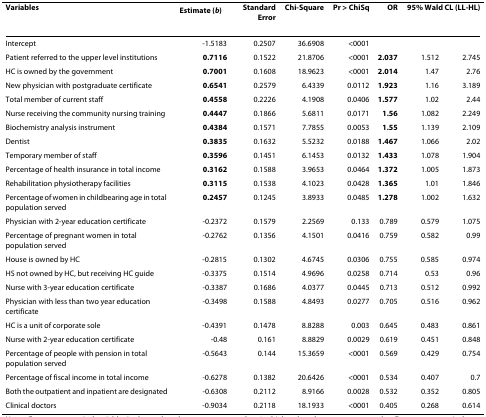
<table><thead><tr><td><b>Variables</b></td><td><b>Estimate (<i>b</i>)</b></td><td><b>Standard Error</b></td><td><b>Chi-Square</b></td><td><b>Pr &gt; ChiSq</b></td><td><b>OR</b></td><td colspan="2"><b>95% Wald CL (LL-HL)</b></td></tr></thead><tbody><tr><td>Intercept</td><td>-1.5183</td><td>0.2507</td><td>36.6908</td><td>&lt;0001</td><td></td><td></td><td></td></tr><tr><td>Patient referred to the upper level institutions</td><td><b>0.7116</b></td><td>0.1522</td><td>21.8706</td><td>&lt;0001</td><td><b>2.037</b></td><td>1.512</td><td>2.745</td></tr><tr><td>HC is owned by the government</td><td><b>0.7001</b></td><td>0.1608</td><td>18.9623</td><td>&lt;0001</td><td><b>2.014</b></td><td>1.47</td><td>2.76</td></tr><tr><td>New physician with postgraduate certificate</td><td><b>0.6541</b></td><td>0.2579</td><td>6.4339</td><td>0.0112</td><td><b>1.923</b></td><td>1.16</td><td>3.189</td></tr><tr><td>Total member of current staff</td><td><b>0.4558</b></td><td>0.2226</td><td>4.1908</td><td>0.0406</td><td><b>1.577</b></td><td>1.02</td><td>2.44</td></tr><tr><td>Nurse receiving the community nursing training</td><td><b>0.4447</b></td><td>0.1866</td><td>5.6811</td><td>0.0171</td><td><b>1.56</b></td><td>1.082</td><td>2.249</td></tr><tr><td>Biochemistry analysis instrument</td><td><b>0.4384</b></td><td>0.1571</td><td>7.7855</td><td>0.0053</td><td><b>1.55</b></td><td>1.139</td><td>2.109</td></tr><tr><td>Dentist</td><td><b>0.3835</b></td><td>0.1632</td><td>5.5232</td><td>0.0188</td><td><b>1.467</b></td><td>1.066</td><td>2.02</td></tr><tr><td>Temporary member of staff</td><td><b>0.3596</b></td><td>0.1451</td><td>6.1453</td><td>0.0132</td><td><b>1.433</b></td><td>1.078</td><td>1.904</td></tr><tr><td>Percentage of health insurance in total income</td><td><b>0.3162</b></td><td>0.1588</td><td>3.9653</td><td>0.0464</td><td><b>1.372</b></td><td>1.005</td><td>1.873</td></tr><tr><td>Rehabilitation physiotherapy facilities</td><td><b>0.3115</b></td><td>0.1538</td><td>4.1023</td><td>0.0428</td><td><b>1.365</b></td><td>1.01</td><td>1.846</td></tr><tr><td>Percentage of women in childbearing age in total population served</td><td><b>0.2457</b></td><td>0.1245</td><td>3.8933</td><td>0.0485</td><td><b>1.278</b></td><td>1.002</td><td>1.632</td></tr><tr><td>Physician with 2-year education certificate</td><td>-0.2372</td><td>0.1579</td><td>2.2569</td><td>0.133</td><td>0.789</td><td>0.579</td><td>1.075</td></tr><tr><td>Percentage of pregnant women in total population served</td><td>-0.2762</td><td>0.1356</td><td>4.1501</td><td>0.0416</td><td>0.759</td><td>0.582</td><td>0.99</td></tr><tr><td>House is owned by HC</td><td>-0.2815</td><td>0.1302</td><td>4.6745</td><td>0.0306</td><td>0.755</td><td>0.585</td><td>0.974</td></tr><tr><td>HS not owned by HC, but receiving HC guide</td><td>-0.3375</td><td>0.1514</td><td>4.9696</td><td>0.0258</td><td>0.714</td><td>0.53</td><td>0.96</td></tr><tr><td>Nurse with 3-year education certificate</td><td>-0.3387</td><td>0.1686</td><td>4.0377</td><td>0.0445</td><td>0.713</td><td>0.512</td><td>0.992</td></tr><tr><td>Physician with less than two year education certificate</td><td>-0.3498</td><td>0.1588</td><td>4.8493</td><td>0.0277</td><td>0.705</td><td>0.516</td><td>0.962</td></tr><tr><td>HC is a unit of corporate sole</td><td>-0.4391</td><td>0.1478</td><td>8.8288</td><td>0.003</td><td>0.645</td><td>0.483</td><td>0.861</td></tr><tr><td>Nurse with 2-year education certificate</td><td>-0.48</td><td>0.161</td><td>8.8829</td><td>0.0029</td><td>0.619</td><td>0.451</td><td>0.848</td></tr><tr><td>Percentage of people with pension in total population served</td><td>-0.5643</td><td>0.144</td><td>15.3659</td><td>&lt;0001</td><td>0.569</td><td>0.429</td><td>0.754</td></tr><tr><td>Percentage of fiscal income in total income</td><td>-0.6278</td><td>0.1382</td><td>20.6426</td><td>&lt;0001</td><td>0.534</td><td>0.407</td><td>0.7</td></tr><tr><td>Both the outpatient and inpatient are designated</td><td>-0.6308</td><td>0.2112</td><td>8.9166</td><td>0.0028</td><td>0.532</td><td>0.352</td><td>0.805</td></tr><tr><td>Clinical doctors</td><td>-0.9034</td><td>0.2118</td><td>18.1933</td><td>&lt;0001</td><td>0.405</td><td>0.268</td><td>0.614</td></tr></tbody></table>